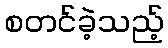
စတင်ခဲ့သည့်